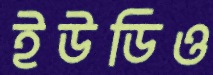
ইউডিও